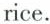
rice.